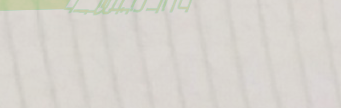
محلات بيع المجوهرات الذهب